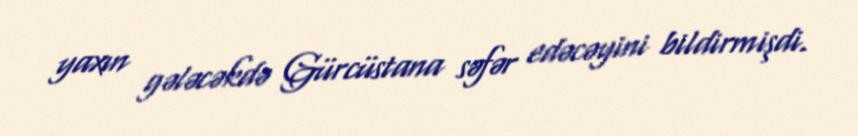
yaxın gələcəkdə Gürcüstana səfər edəcəyini bildirmişdi.